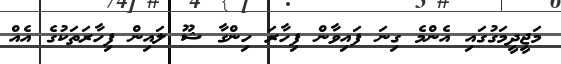
މަޖީދީމަގުގައި އެންމެ ގިނަ ފައިވާން ފިހާރަ ހިންގާ ޝޫ ލައިން ފިހާރަތަކުގެ އެއް